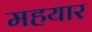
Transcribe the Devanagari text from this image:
महयार